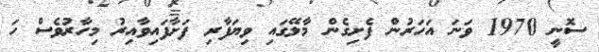
ސޮނީ 1970 ވަނަ އަހަރުން ފެށިގެން މާލޭގައި ވިޔަފާރި ފަށާފައިވާއިރު މިހާރުވެސް ހަ